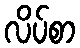
လိပ်စာ